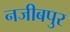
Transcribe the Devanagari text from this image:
नजीबपुर